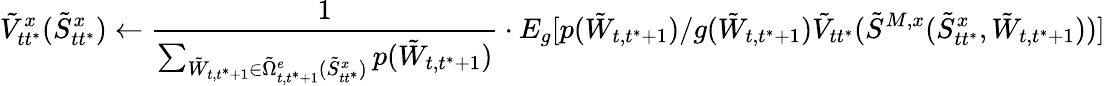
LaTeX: \tilde{V}_{tt^{*}}^{x}(\tilde{S}_{tt^{*}}^{x})\leftarrow\frac{1}{\sum_{\tilde{W}_{t,t^{*}+1}\in\tilde{\Omega}_{t,t^{*}+1}^{e}(\tilde{S}_{tt^{*}}^{x})}p(\tilde{W}_{t,t^{*}+1})}\cdot E_{g}[p(\tilde{W}_{t,t^{*}+1})/g(\tilde{W}_{t,t^{*}+1})\tilde{V}_{tt^{*}}(\tilde{S}^{M,x}(\tilde{S}_{tt^{*}}^{x},{\tilde{W}_{t,t^{*}+1}}))]